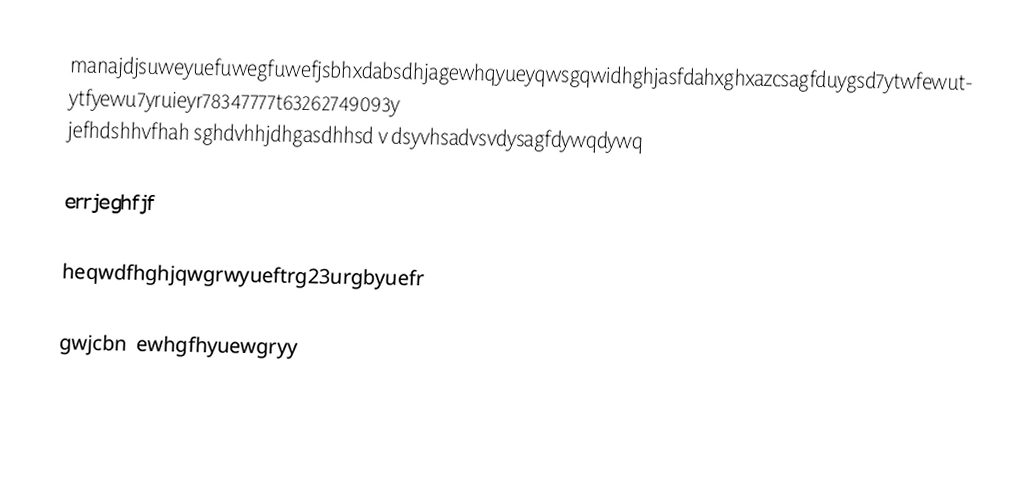
manajdjsuweyuefuwegfuwefjsbhxdabsdhjagewhqyueyqwsgqwidhghjasfdahxghxazcsagfduygsd7ytwfewutytfyewu7yruieyr78347777t63262749093y jefhdshhvfhah   sghdvhhjdhgasdhhsd v dsyvhsadvsvdysagfdywqdywq

errjeghfjf

heqwdfhghjqwgrwyueftrg23urgbyuefr

gwjcbn                                                                ewhgfhyuewgryy